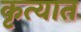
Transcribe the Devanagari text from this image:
कृत्यात